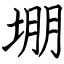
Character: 堋